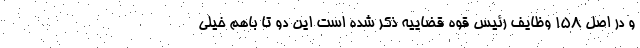
و در اصل ۱۵۸ وظایف رئیس قوه قضاییه ذکر شده است این دو تا باهم خیلی